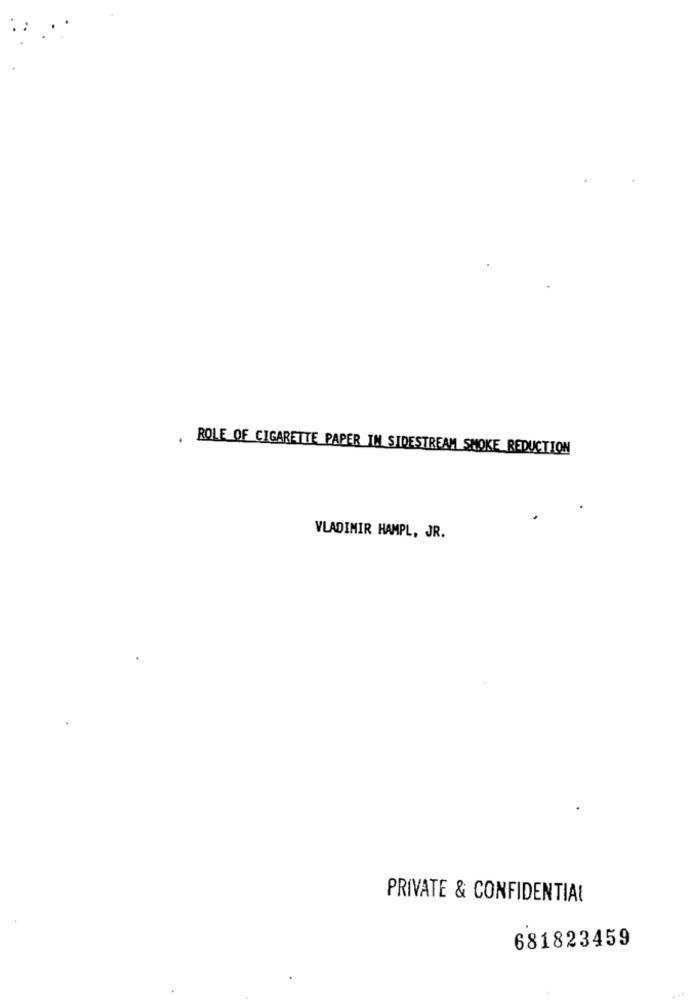
ROLE OF CIGARETTE PAPER IN SIDESTREAM SMOKE REDUCTION
VLADIMIR HAMPL, JR.
PRIVATE & CONFIDENTIAL
681823459